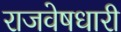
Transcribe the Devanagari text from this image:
राजवेषधारी